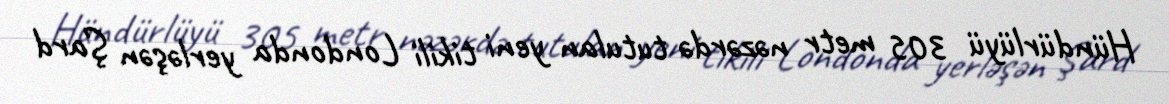
Hündürlüyü 305 metr nəzərdə tutulan yeni tikili Londonda yerləşən Şard